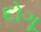
દોગૂ